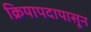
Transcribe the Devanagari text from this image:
क्रियापदापासून